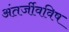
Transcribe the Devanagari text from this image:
अंतर्जीवविष